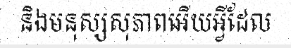
និងមនុស្សសុភាពអើយអ្វីដែល